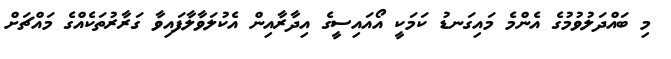
މި ބައްދަލުވުމުގެ އެންމެ މައިގަނޑު ކަމަކީ އޯއައިސީގެ އިދާރާއިން އެކުލަވާލާފައިވާ ގަރާރުތަކެއްގެ މައްޗަށް